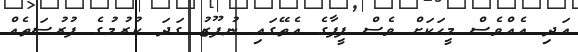
އަދި އެއްވެސް މީހަކަށް ވެސް ފީފާގެ އެތޭގައި ނުފޫޒު ގަދަ ކުރުމުގެ ފުރުސަތެއް